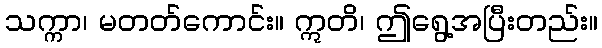
သက္ကာ၊ မတတ်ကောင်း။ ဣတိ၊ ဤရွေ့အပြီးတည်း။